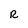
Character: R